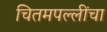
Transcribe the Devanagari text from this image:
चितमपल्लींचा